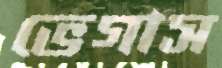
ভেগাস